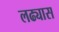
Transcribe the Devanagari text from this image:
लढ्यास